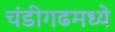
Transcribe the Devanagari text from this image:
चंडीगढमध्ये